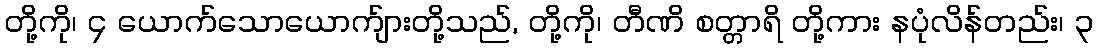
တို့ကို၊ ၄ ယောက်သောယောက်ျားတို့သည်, တို့ကို၊ တီဏိ စတ္တာရိ တို့ကား နပုံလိန်တည်း၊ ၃